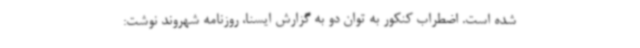
شده است. اضطراب کنکور به توان دو به گزارش ایسنا، روزنامه شهروند نوشت:‌